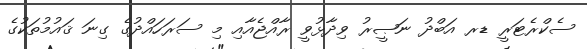
ސެކްރެޓަރީ ޑރ އަބްދު ނަޞީރު ވިދާޅުވީ ރާއްޖެއާއި މި ސަރަހައްދުގެ ގިނަ ޤައުމުތަކުގެ